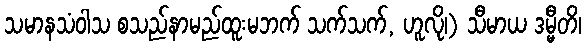
သမာနသံဝါသ စသည်နာမည်ထူးမဘက် သက်သက်, ဟူလို၊) သီမာယ ဒမ္မီတိ၊